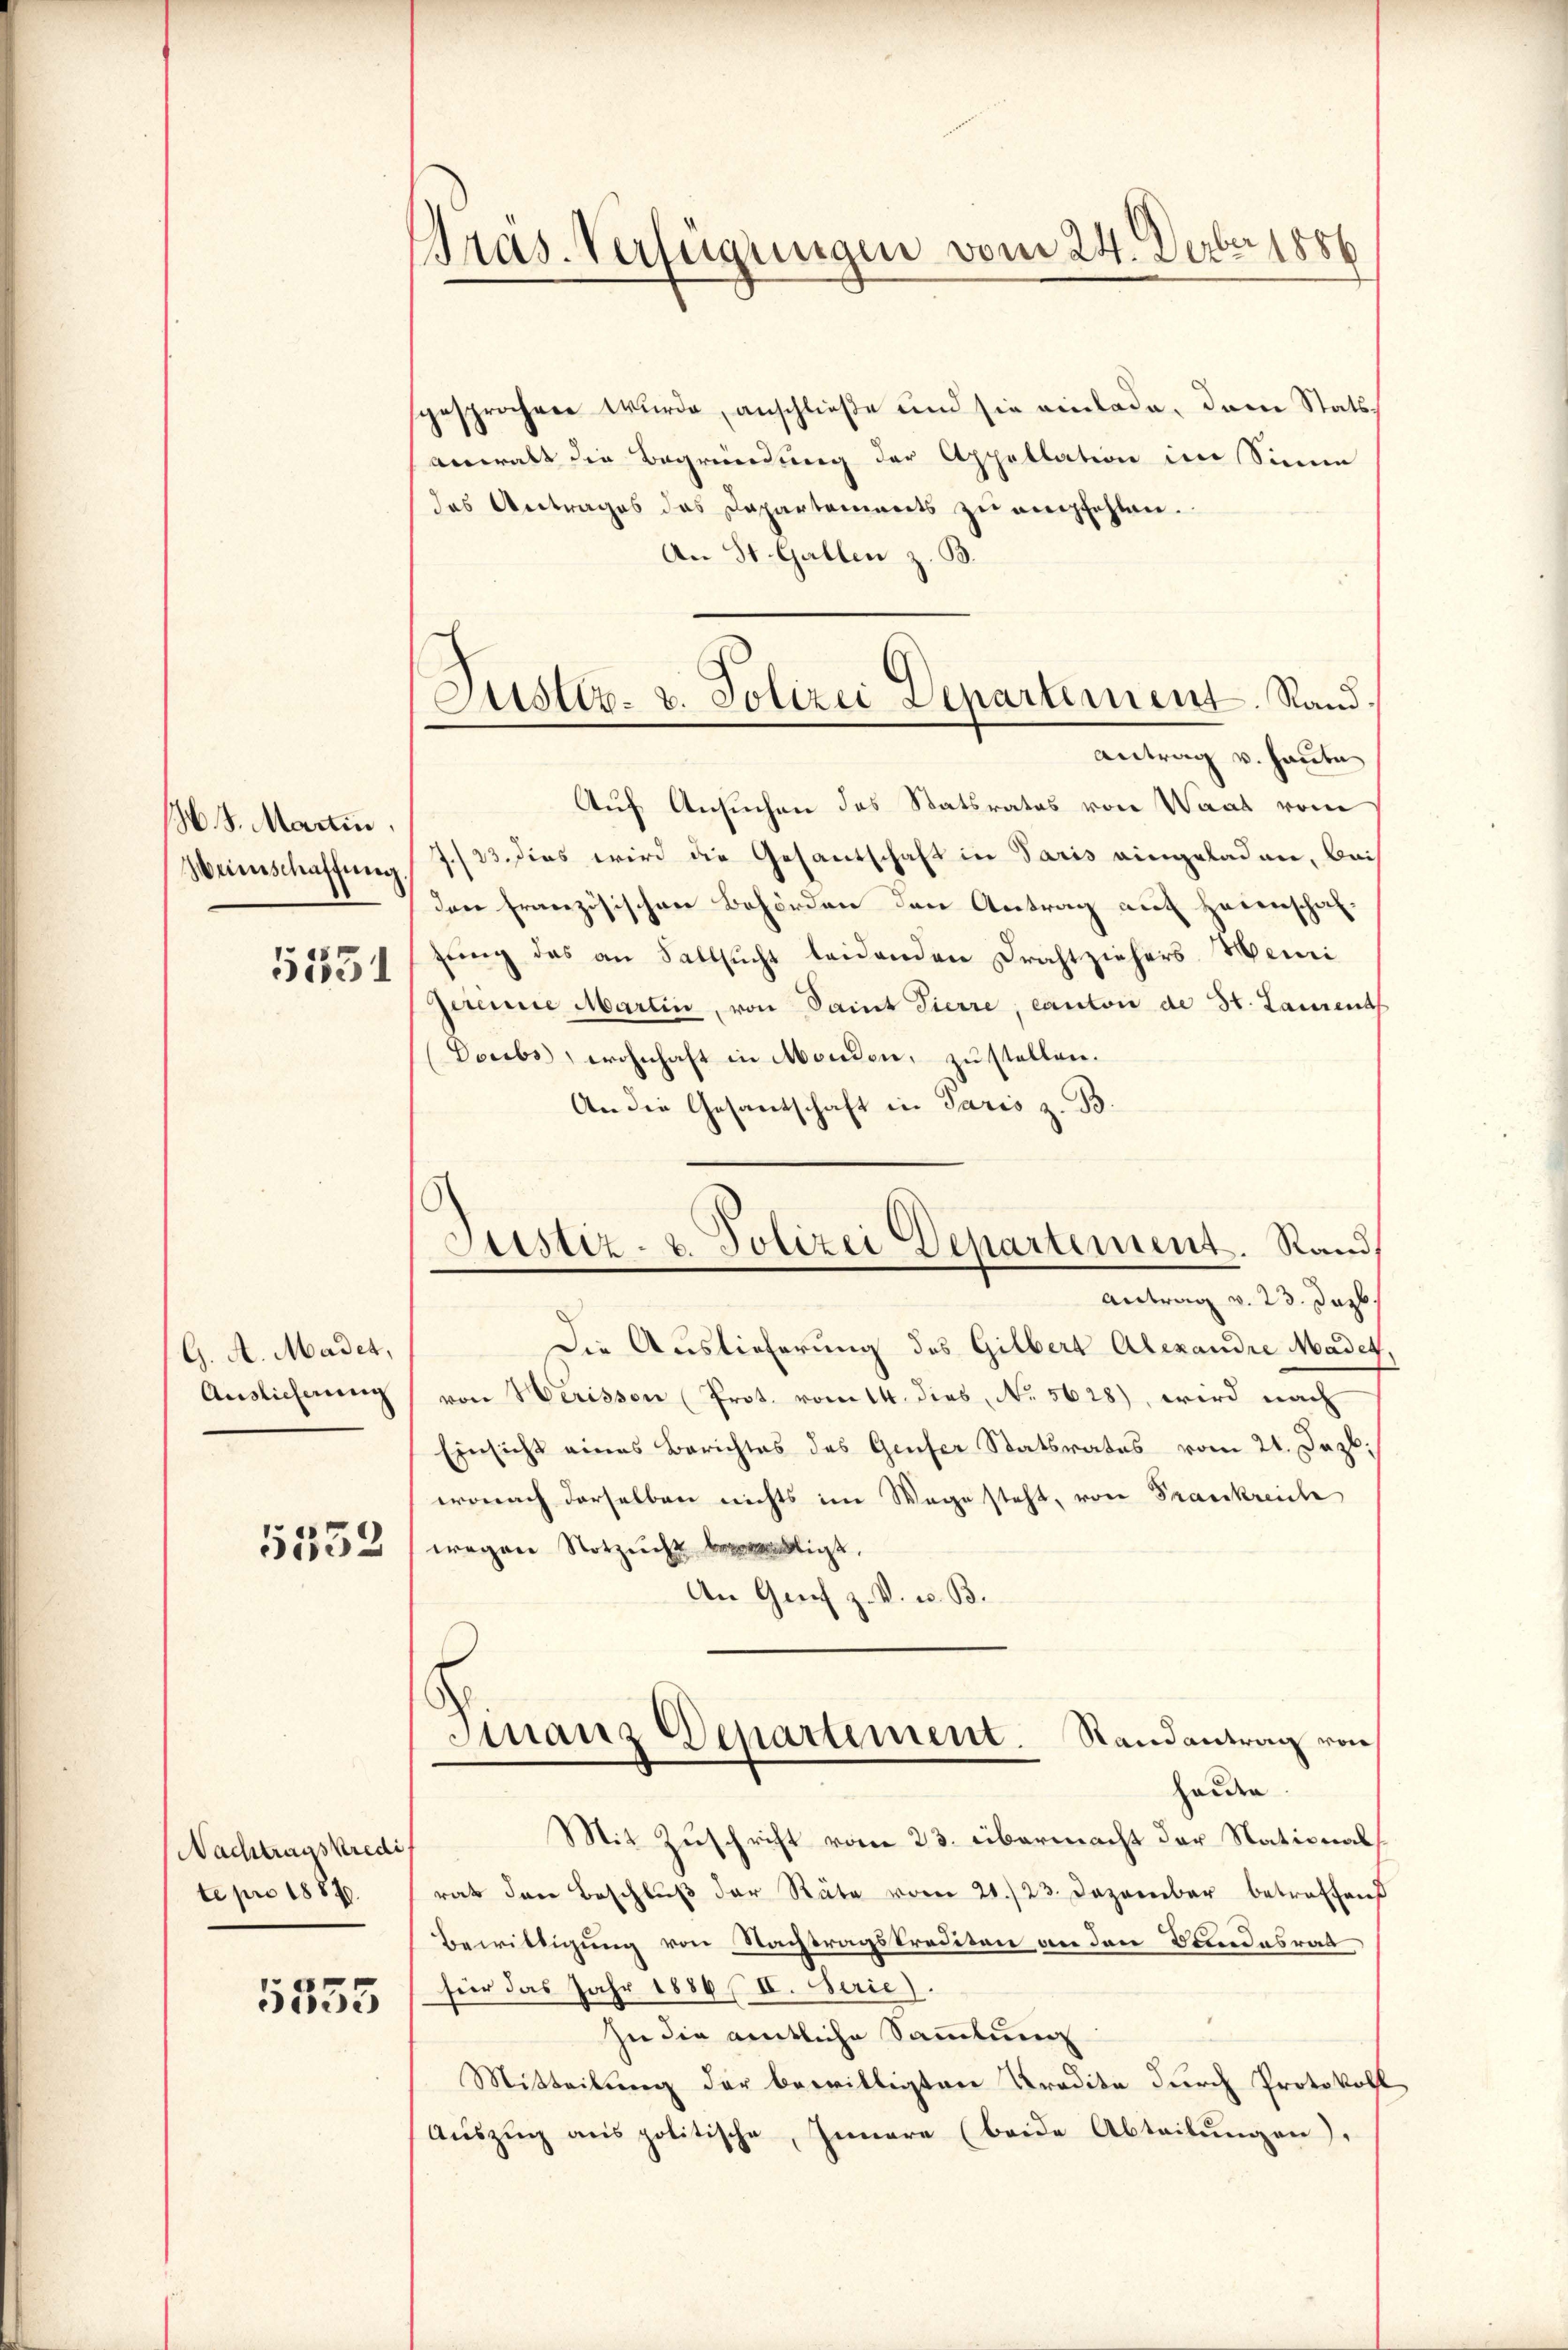
H.S. Martin
Weinschaffung
5531

G. A. Madet,
Auslicherung

5552

Nachtragskredit
te pro 1881.

5555

Bras-Verfügungen vom 24. Derber 1881

Justiz- u. Polizei Departement. Sand
Antrag v. Haute

Justiz- u. Polizei Departement. Rand

sgesprochen wurde, anschließe und sie einlade, den Statsanwalt die Begründung der Appellation im Sinne
das Antrages das Departements zŭ empfehlen.
An St. Gallen z. B.
Auf Ansuchen des Statsrates von Waat vom
7./23. dies wird die Gesandschaft in Paris eingeladen, bei
den französischen Behörden den Antrag auf Heinschafzŭng das an Sallsŭcht leidenden Drahtziehers. Meini
gerinne Martin, von Samt Tierre, canton de St. Laurent
Doubs, wohnhaft in Monden, zustellen.
An die Gesandschaft in Paris z. B.
Antrag v. 23. Jazb
Die Auslieferung des Gilbert Alexandre Madet,
von Herissen (Prot. vom 14. dies, No 5628), wird nach
Einsicht eines Berichtes des Genfer Statsrates vom 21. Dezb.
wonach derselben nichts im Wege steht, von Frankreich
wegen Notzucht bewendigt.
An Genf z. V. u. B.
Finanz Departement. Randantrag von
Hauden
Mit Zuschrift vom 23. übermacht der Stationals
rat den Beschluß der Räte vom 20./23. Dezember betreffend
Bewilligung von Nachtragskrediten an den Bandesrat
fier das Jahr 1886/II. Serie
zu die amtliche Sammlung
Mitteilung der bewilligten Predite durch Protokoll
Aŭszŭg ans politische, Innere (beide Abteilŭngen),